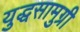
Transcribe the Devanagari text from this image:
युद्धसामुग्री